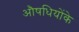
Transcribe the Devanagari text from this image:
औषधियोंके